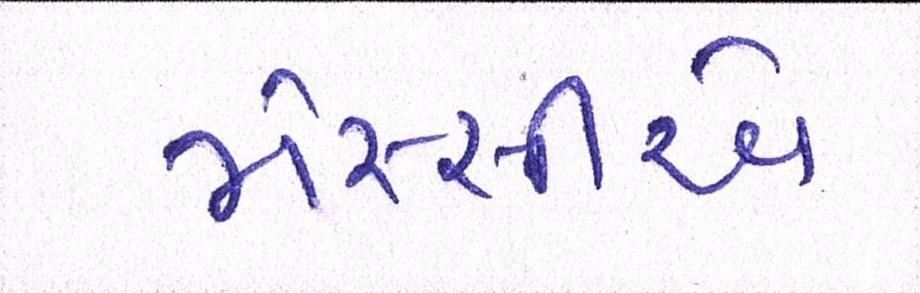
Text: મેસ્સીએ